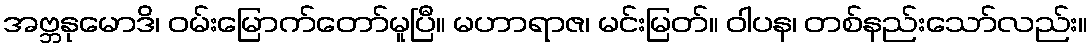
အဗ္ဘနုမောဒိ၊ ဝမ်းမြောက်တော်မူပြီ။ မဟာရာဇ၊ မင်းမြတ်။ ဝါပန၊ တစ်နည်းသော်လည်း။